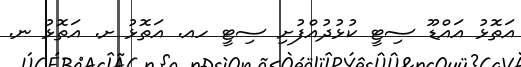
އަތޮޅު އައްޑޫ ސިޓީ ކުޅުދުއްފުށި ސިޓީ ހއ. އަތޮޅު ށ. އަތޮޅު ނ.